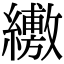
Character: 𦇁